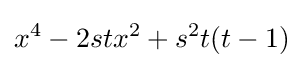
x^{4}-2stx^{2}+s^{2}t(t-1)